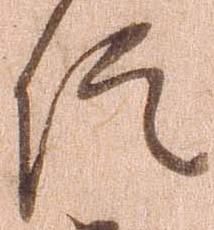
信